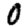
Digit: 0